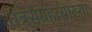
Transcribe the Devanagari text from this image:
तंत्रसंग्रहव्याख्या